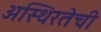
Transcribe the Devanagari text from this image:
अस्थिरतेची